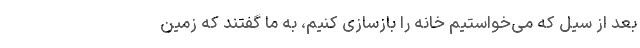
بعد از سیل که می‌خواستیم خانه را بازسازی کنیم، به ما گفتند که زمین